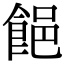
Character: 䭂